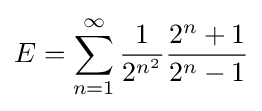
E=\sum _{n=1}^{\infty }{\frac {1}{2^{n^{2}}}}{\frac {2^{n}+1}{2^{n}-1}}